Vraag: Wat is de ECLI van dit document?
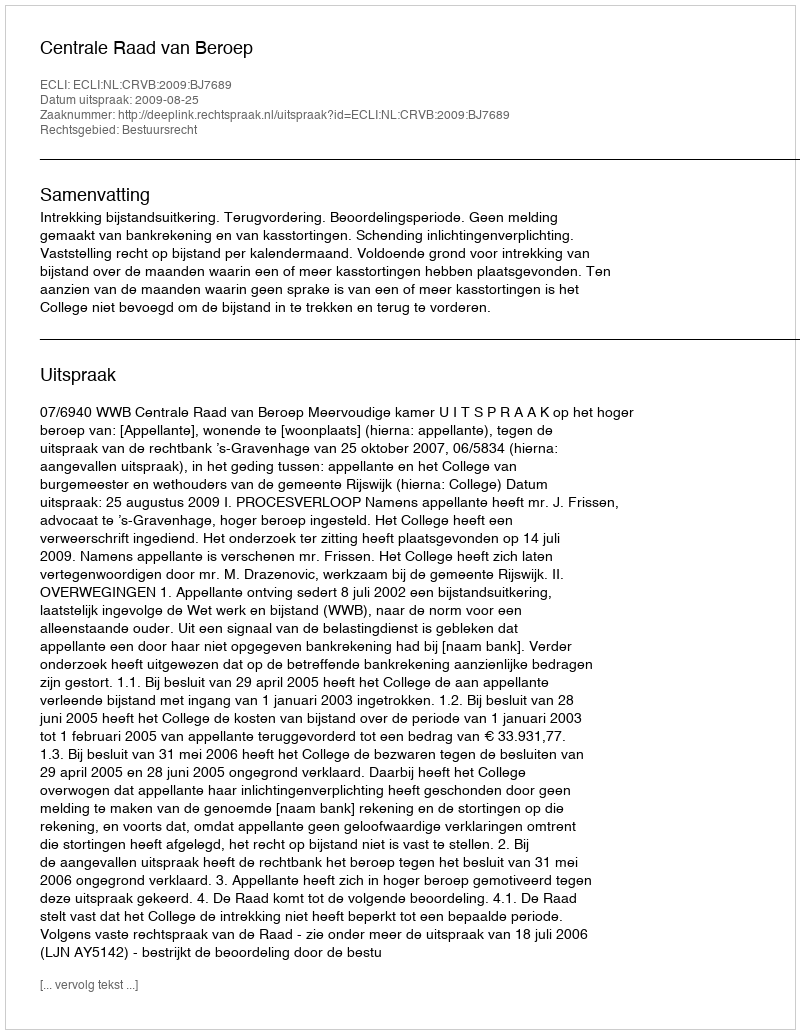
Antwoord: ECLI:NL:CRVB:2009:BJ7689